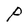
Character: P